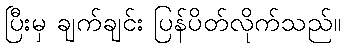
ပြီးမှ ချက်ချင်း ပြန်ပိတ်လိုက်သည်။